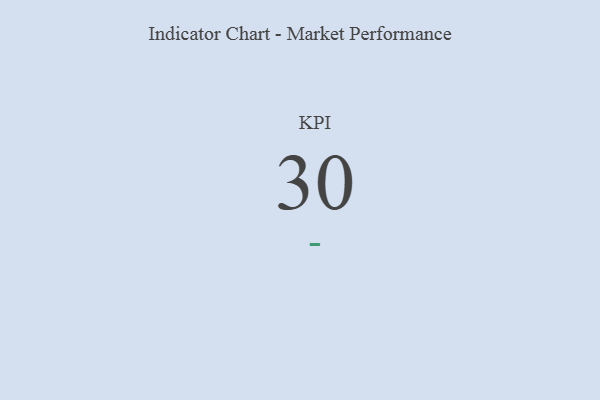
{"axis": {"x": "KPI", "y": "Value"}, "legend": [""], "data": [{"x": "KPI", "y": 30, "type": ""}]}